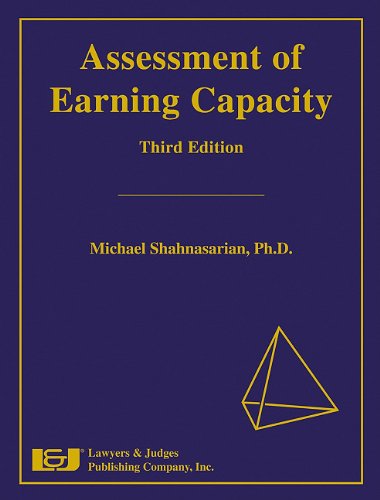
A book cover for Assessment of Earning Capacity, Third Edition; Michael S. Shahnasarian; Law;